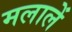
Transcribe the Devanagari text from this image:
मलालें